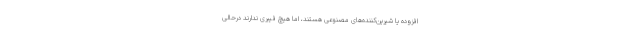
افزوده یا شیرین‌کننده‌های مصنوعی هستند، اما هیچ فیبری ندارند درحالی